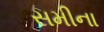
સમીના